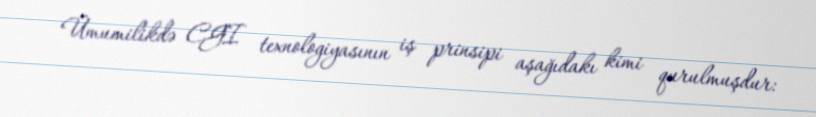
Ümumilikdə CGI texnologiyasının iş prinsipi aşağıdakı kimi qurulmuşdur: